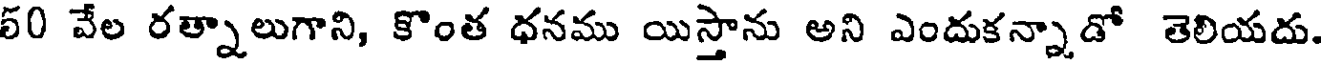
60 వేల రత్నాలుగాని, కొంత ధనము యిస్తాను అని ఎందుకన్నాడో తెలియదు.